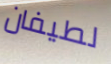
لطيفان